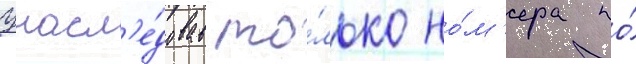
Унасл'е́довав то́лько но́м'ера по́